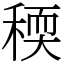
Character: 稬